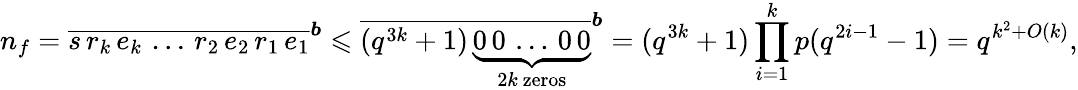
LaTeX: n_{f}=\overline{{s\, r_{k}\, e_{k}\, \ldots\, r_{2}\, e_{2}\, r_{1}\, e_{1}}}^{\boldsymbol{b}}\leqslant\overline{{(q^{3k}+1)\, \underbrace{0\, 0\, \ldots\, 0\, 0}_{2k\mathrm{~zeros}}}}^{\boldsymbol{b}}=(q^{3k}+1)\prod_{i=1}^{k}p(q^{2i-1}-1)=q^{k^{2}+O(k)},